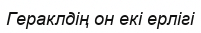
Гераклдің он екі ерлігі